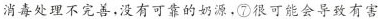
消毒处理不完善，没有可靠的奶源，⑦很可能会导致有害